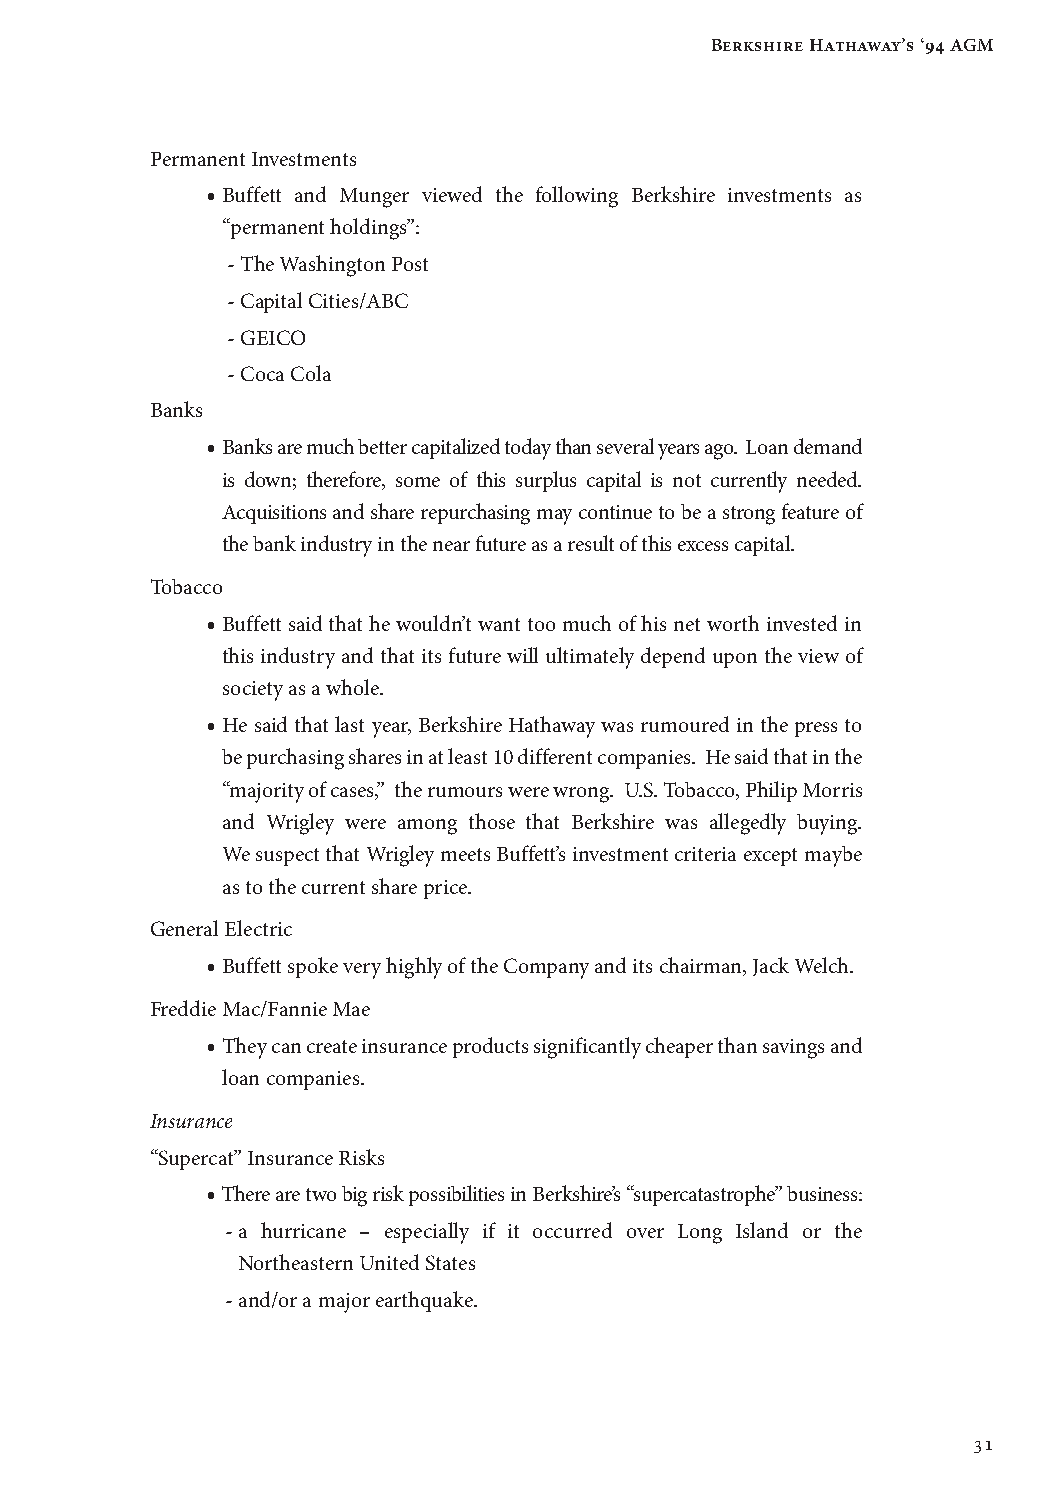
Berkshire Hathaway’s ‘94 AGM
 Permanent Investments
 • Buffett and Munger viewed the following Berkshire investments as
 “permanent holdings”:
 - The Washington Post
 - Capital Cities/ABC
 - GEICO
 - Coca Cola
 Banks
 • Banks are much better capitalized today than several years ago. Loan demand
 is down; therefore, some of this surplus capital is not currently needed.
 Acquisitions and share repurchasing may continue to be a strong feature of
 the bank industry in the near future as a result of this excess capital.
 Tobacco
 • Buffett said that he wouldn’t want too much of his net worth invested in
 this industry and that its future will ultimately depend upon the view of
 society as a whole.
 • He said that last year, Berkshire Hathaway was rumoured in the press to
 be purchasing shares in at least 10 different companies. He said that in the
 “majority of cases,” the rumours were wrong. U.S. Tobacco, Philip Morris
 and Wrigley were among those that Berkshire was allegedly buying.
 We suspect that Wrigley meets Buffett’s investment criteria except maybe
 as to the current share price.
 General Electric
 • Buffett spoke very highly of the Company and its chairman, Jack Welch.
 Freddie Mac/Fannie Mae
 • They can create insurance products significantly cheaper than savings and
 loan companies.
 Insurance
 “Supercat” Insurance Risks
 • There are two big risk possibilities in Berkshire’s “supercatastrophe” business:
 - a hurricane – especially if it occurred over Long Island or the
 Northeastern United States
 - and/or a major earthquake.
 31